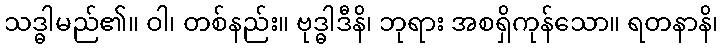
သဒ္ဓါမည်၏။ ဝါ၊ တစ်နည်း။ ဗုဒ္ဓါဒီနိ၊ ဘုရား အစရှိကုန်သော။ ရတနာနိ၊